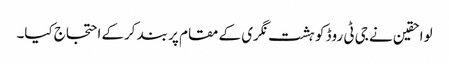
لواحقین نے جی ٹی روڈ کو ہشت نگری کے مقام پر بند کرکے احتجاج کیا۔